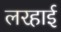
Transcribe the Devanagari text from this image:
लरहाई